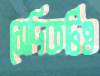
সেদিকটিও